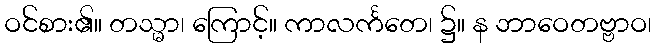
ဝင်စား၏။ တသ္မာ၊ ကြောင့်။ ကာလင်္ကတေ၊ ၌။ န ဘာဝေတဗ္ဗာဝ၊